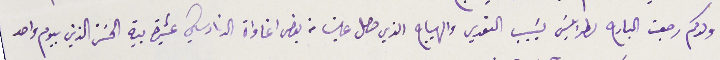
ولدكم رجعت البارح لطرابلسَ بسَبب التعدي والهياج الذي حصل علينا من بعض اغاواة الدنادشي عشيرة بية الحسَن الذين بيوم واحد